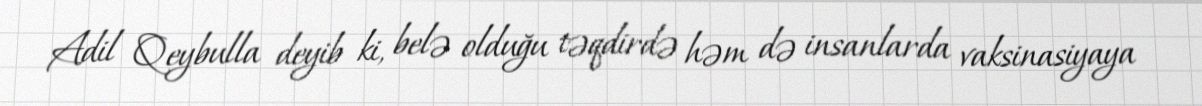
Adil Qeybulla deyib ki, belə olduğu təqdirdə həm də insanlarda vaksinasiyaya